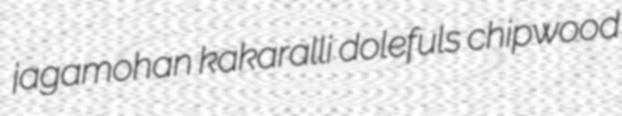
jagamohan kakaralli dolefuls chipwood